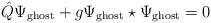
LaTeX: \begin{align*}\hat{Q} \Psi_{\rm ghost} + g \Psi_{\rm ghost}\star\Psi_{\rm ghost} = 0\end{align*}